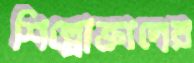
শিল্পোক্তাদের